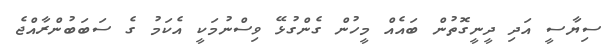
ސިޔާސީ އަދި ދީނީގޮތުން ބައެއް މީހުން ގެންގުޅޭ ވިސްނުމަކީ އެކަމު ގެ ސަބަބުންރާއްޖެ